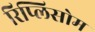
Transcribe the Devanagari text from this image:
रिप्लिसोम